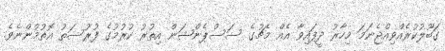
ގަބޫލުކުރެއްވިއްޖެނަމަ މިހާރު ދީފައިވާ އެއް މެޗުގެ ސަސްޕެންޝަން އިތުރު ކުރުމުގެ ފުރުސަތު އޮތުމުންނެވެ.